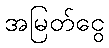
အမြတ်ငွေ